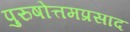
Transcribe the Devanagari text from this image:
पुरुषोत्तमप्रसाद